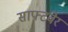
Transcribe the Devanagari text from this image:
साफ्टवेर